Vaccination North-Western Provinces 1866-1877 - 1866-1877
Year: 1866
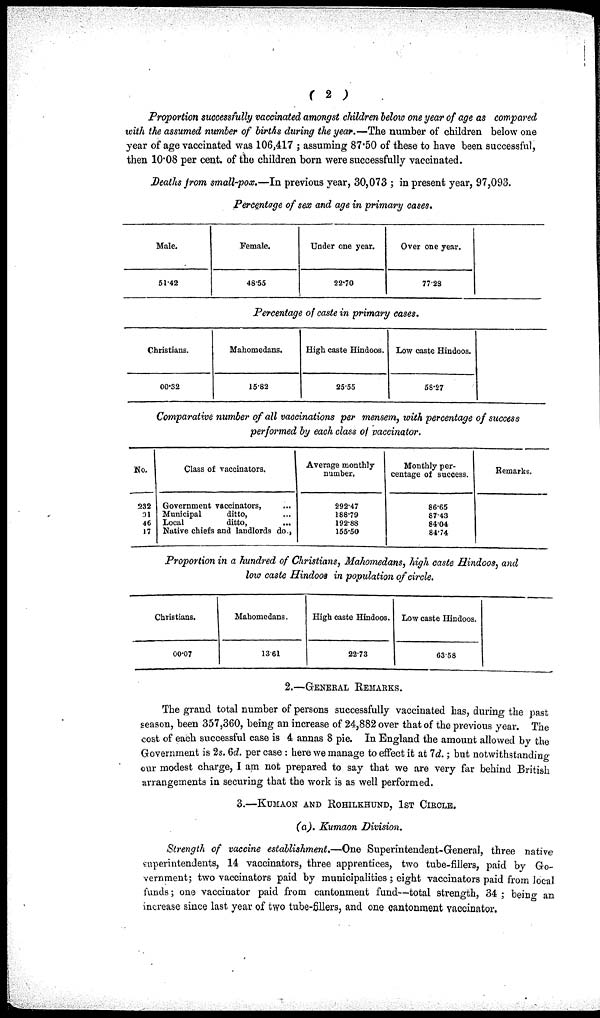
( 2 )
Proportion successfully vaccinated amongst children below one year of age as compared
with the assumed number of births during the year.—The number of children below one
year of age vaccinated was 106,417 ; assuming 87.50 of these to have been successful,
then 10.08 per cent. of the children born were successfully vaccinated.
Deaths from small-pox.—In previous year, 30,073 ; in present year, 97,093.
Percentage of sex and age in primary cases.
Male.
51.42
Female.
48.55
Under one year.
22.70
Over one year.
77.28
Percentage of caste in primary cases.
Christians.
00.32
Mahomedans.
15.82
High caste Hindoos.
25.55
Low caste Hindoos.
58.27
Comparative number of all vaccinations per mensem, with percentage of success
performed by each class of vaccinator.
No.
232
91
46
17
Class of vaccinators.
Government vaccinators, ...
Municipal
ditto, ...
Local
ditto, ...
Native chiefs and landlords do.,
Average monthly
number.
292.47
188.79
192.88
155.50
Monthly per-
centage of success.
86.65
87.43
84.04
84.74
Remarks.
Proportion in a hundred of Christians, Mahomedans, high caste Hindoos, and
low caste Hindoos in population of circle.
Christians.
00.07
Mahomedans.
13.61
High caste Hindoos.
22.73
Low caste Hindoos.
63.58
2.—GENERAL REMARKS.
The grand total number of persons successfully vaccinated has, during the past
season, been 357,360, being an increase of 24,882 over that of the previous year. The
cost of each successful case is 4 annas 8 pie. In England the amount allowed by the
Government is 2s. 6d. per case : here we manage to effect it at 7d.; but notwithstanding
our modest charge, I am not prepared to say that we are very far behind British
arrangements in securing that the work is as well performed.
3.—KUMAON AND ROHILKHUND, 1ST CIRCLE.
(a). Kumaon Division.
Strength of vaccine establishment.—One Superintendent-General, three native
superintendents, 14 vaccinators, three apprentices, two tube-fillers, paid by Go-
vernment; two vaccinators paid by municipalities ; eight vaccinators paid from local
funds; one vaccinator paid from cantonment fund—total strength, 34; being an
increase since last year of two tube-fillers, and one cantonment vaccinator.